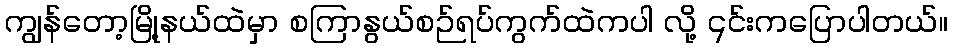
ကျွန်တော့မြို့နယ်ထဲမှာ စကြာနွယ်စဉ်ရပ်ကွက်ထဲကပါ လို့ ၎င်းကပြောပါတယ်။